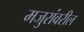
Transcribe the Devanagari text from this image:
मजुरांवरील